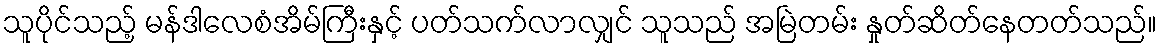
သူပိုင်သည့် မန်ဒါလေစံအိမ်ကြီးနှင့် ပတ်သက်လာလျှင် သူသည် အမြဲတမ်း နှုတ်ဆိတ်နေတတ်သည်။